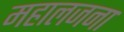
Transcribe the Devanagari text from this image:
महालजना